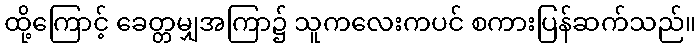
ထို့ကြောင့် ခေတ္တမျှအကြာ၌ သူကလေးကပင် စကားပြန်ဆက်သည်။